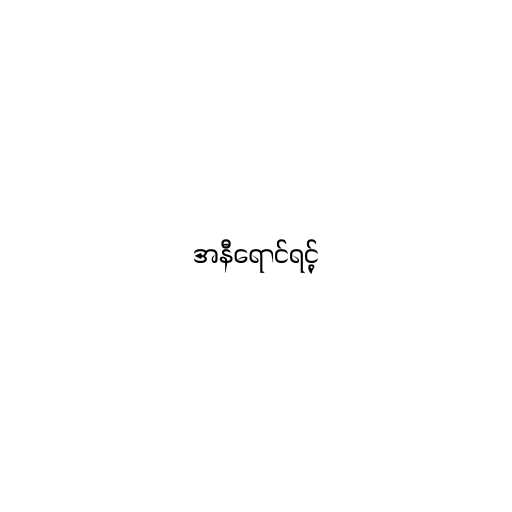
အနီရောင်ရင့်